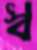
স্ব